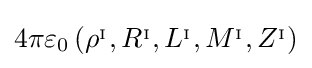
4\pi \varepsilon _{0}\left(\rho ^{_{\mathrm {I} }},R^{_{\mathrm {I} }},L^{_{\mathrm {I} }},M^{_{\mathrm {I} }},Z^{_{\mathrm {I} }}\right)